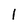
Character: l